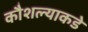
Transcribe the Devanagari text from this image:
कौशल्याकडे